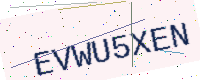
Text: EVWU5XEN